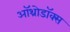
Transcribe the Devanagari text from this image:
ऑथ्रोडॉक्स